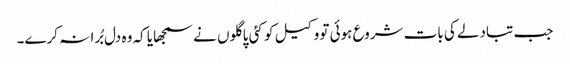
جب تبادلے کی بات شروع ہوئی تو وکیل کو کئی پاگلوں نے سمجھایا کہ وہ دل بُرا نہ کرے۔